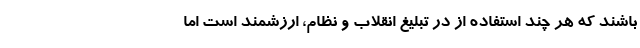
باشند که هر چند استفاده از در تبلیغ انقلاب و نظام، ارزشمند است اما